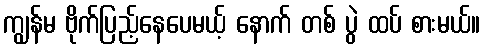
ကျွန်မ ဗိုက်ပြည့်နေပေမယ့် နောက် တစ် ပွဲ ထပ် စားမယ်။